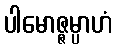
ပါမောဇ္ဇမ္ပာဟံ